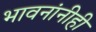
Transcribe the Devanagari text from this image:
भावनांनीही